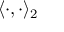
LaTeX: \langle \cdot , \cdot \rangle _ { 2 }